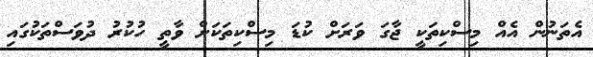
އެތަނުން އެއް މިސްކިތަކީ ޖާގަ ވަރަށް ކުޑަ މިސްކިތަކަށް ވާތީ ހުކުރު ދުވަސްތަކުގައި